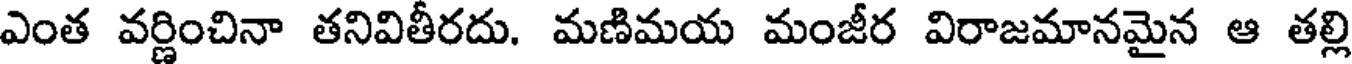
ఎంత వర్ణించినా తనివితీరదు. మణిమయ మంజీర విరాజమానమైన ఆ తల్లి